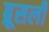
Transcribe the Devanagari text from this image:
ब्रूसली